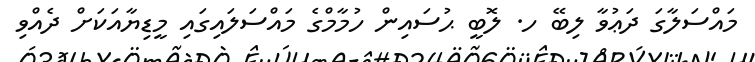
މައްސަލާގަ ދަޢުވާ ލިބޭ ހ. ލޮބީ ޙުސައިން ހުމާމްގެ މައްސަލައިގައި މީޑިޔާއަކަށް ދެއްވި